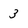
Character: 3